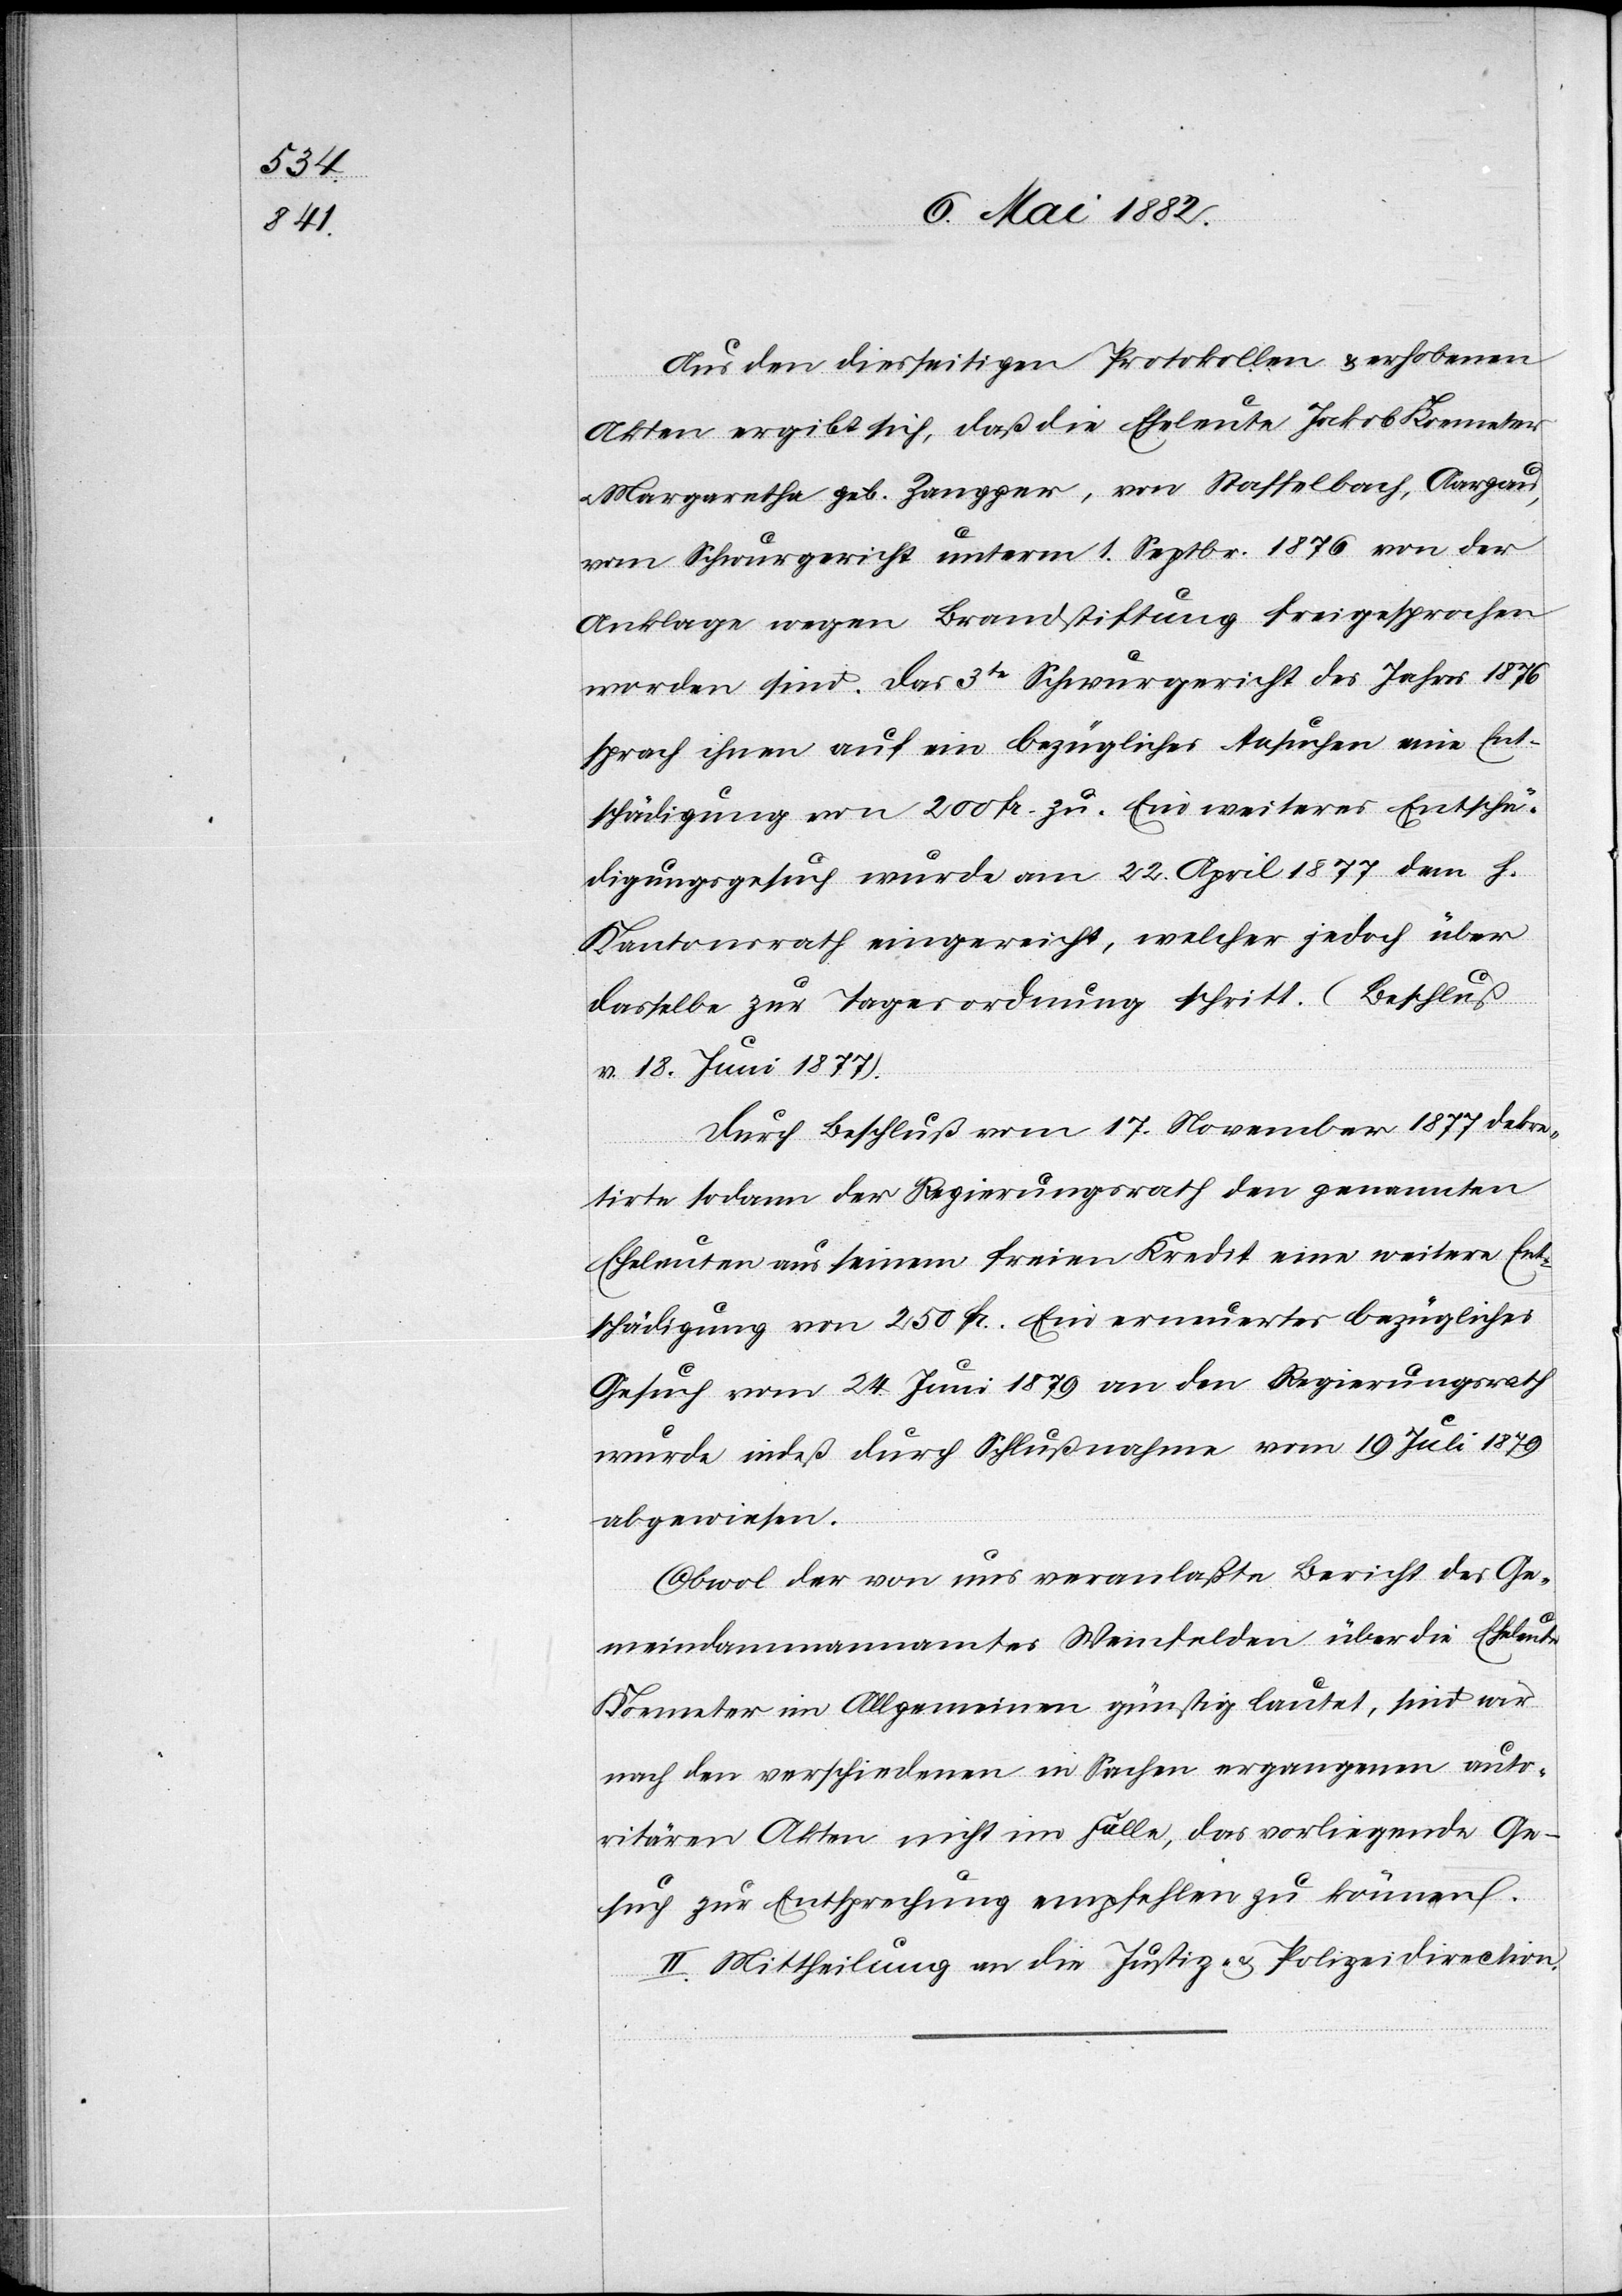
Aus den diesseitigen Protokollen & erhobenen
Akten ergibt sich, daß die Eheleute Jakob Koemeter
Margaretha geb. Zengger, von Staffelbach, Aargau,
vom Schwurgericht unterm 1. Septbr. 1876 von der
Anklage wegen Brandstiftung freigesprochen
worden sind. Das 3te Schwurgericht des Jahres 1876
sprach ihnen auf ein bezügliches Ansuchen eine Ent¬
schädigung von 200 Fr. zu. Ein weiteres Entschä¬
digungsgesuch wurde am 22. April 1877 dem h.
Kantonsrath eingereicht, welcher jedoch über
dasselbe zur Tagesordnung schritt. (Beschluß
v. 18. Juni 1877).
Durch Beschluß vom 17. November 1877 dekre¬
tirte sodann der Regierungsrath den genannten
Eheleuten aus seinem freien Kredit eine weitere Ent¬
schädigung von 250 Fr. Ein erneuertes bezügliches
Gesuch vom 24. Juni 1879 an den Regierungsrath
wurde indeß durch Schlußnahme vom 19. Juli 1879
abgewiesen.
Obwol der von uns veranlaßte Bericht des Ge¬
meindammannamtes Weinfelden über die Eheleute
Koemeter im Allgemeinen günstig lautet, sind wir
nach den verschiedenen in Sachen ergangenen auto¬
ritären Akten nicht im Falle, das vorliegende Ge¬
such zur Entsprechung empfehlen zu können.“
II. Mittheilung an die Justiz- & Polizeidirection.